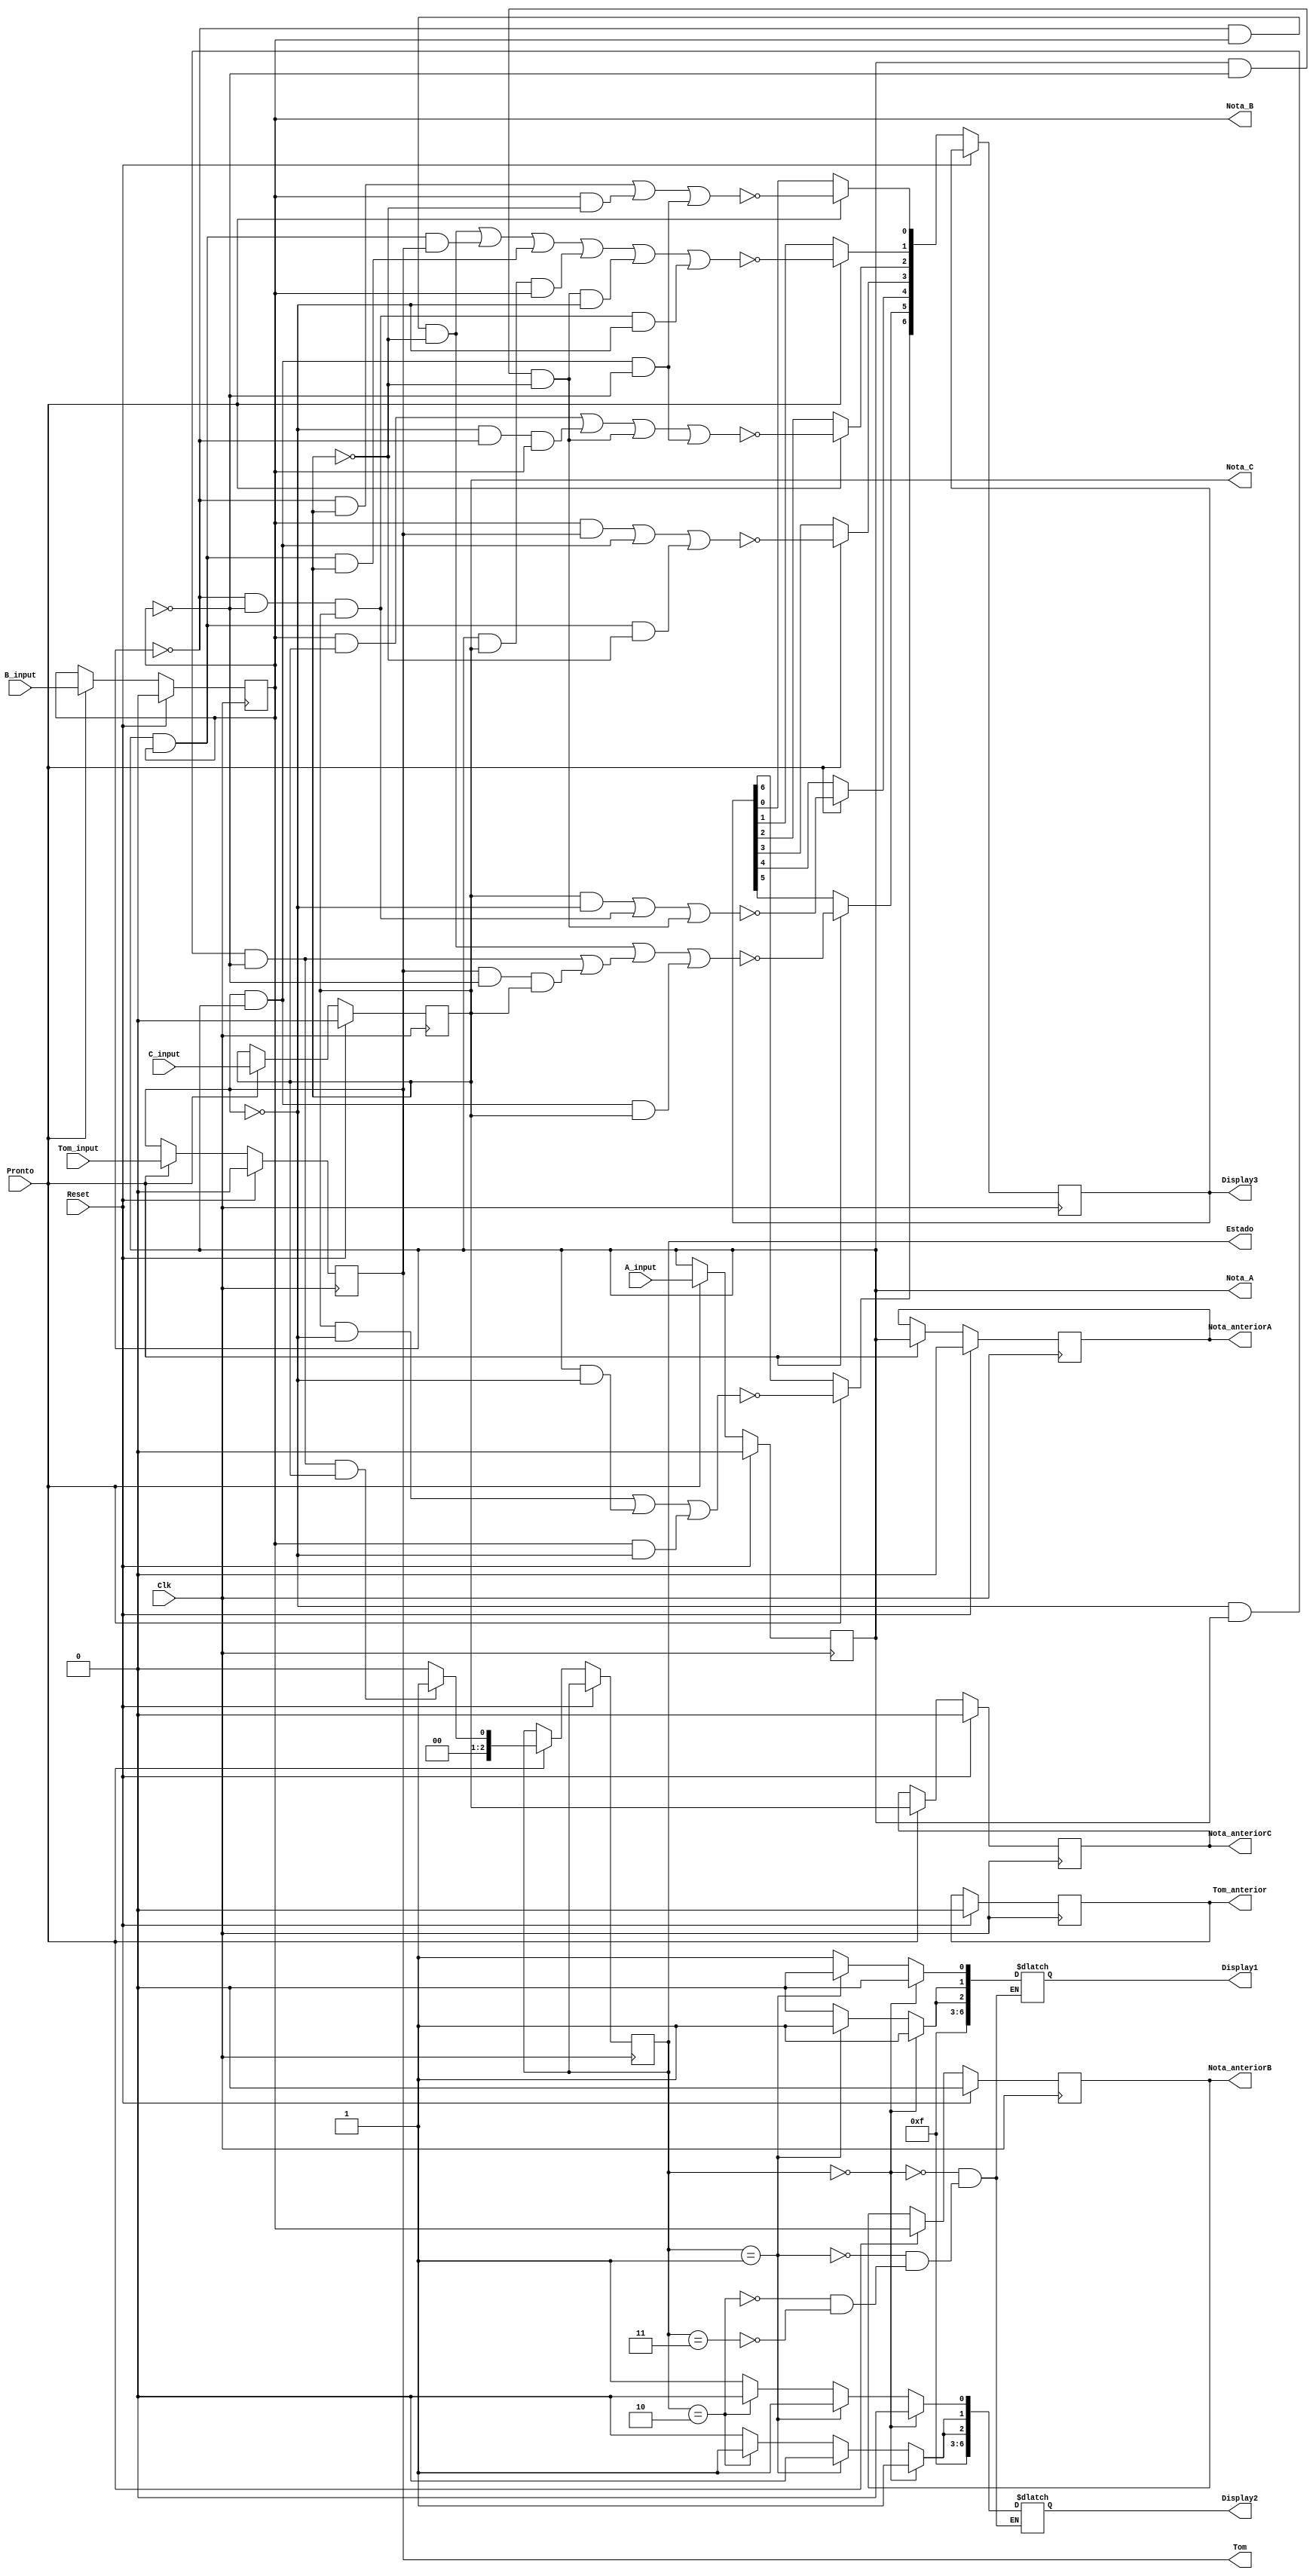
module Substantivo (Clk, Reset, Pronto, Tom, Nota_A, Nota_B, Nota_C, Estado, Tom_anterior, Nota_anteriorA, Nota_anteriorB, Nota_anteriorC, Display1, Display2, Display3, Tom_input, A_input, B_input, C_input);

    input wire Pronto, Tom_input, A_input, B_input, C_input;
    input wire Clk, Reset; 

    output reg Tom, Nota_A, Nota_B, Nota_C;
    output reg Tom_anterior, Nota_anteriorA, Nota_anteriorB, Nota_anteriorC;
    output reg [2:0] Estado;

    output reg [6:0] Display1; //Mostra no display 7 SGM qual a saida do circuito
    output reg [6:0] Display2; //Mostra no display 7 SGM qual a saida do circuito
    output reg [6:0] Display3; //Mostra no display 7 SGM qual a letra atual

    parameter Concreto = 2'b11;
    parameter Abstrato = 2'b10;
    parameter Nome_proprio = 2'b01;
    parameter Invalido = 2'b00; 

    always @(posedge Clk) begin
        
        if (Reset) begin
            
            Tom <= 1'b0;
            Nota_A <= 1'b0;
            Nota_B <= 1'b0;
            Nota_C <= 1'b0;
            
            Tom_anterior <= 1'b0;
            Nota_anteriorA <= 1'b0;
            Nota_anteriorB <= 1'b0;
            Nota_anteriorC <= 1'b0;

        end

        else begin

            if (Pronto) begin 

                Tom <= Tom_input;
                Nota_A <= A_input;
                Nota_B <= B_input;
                Nota_C <= C_input;

                Display3[6] = ~((Nota_C & ~Tom) || (Nota_A & ~Tom) || (Nota_B & ~Tom));
                Display3[5] = ~((~Nota_A && Nota_B && ~Nota_C) || (~Tom && Nota_A && ~Nota_B) | (Tom && ~Nota_B && Nota_C) || (Tom && Nota_A && Nota_C));
                Display3[4] = ~((Nota_C && ~Tom) || (~Nota_A && ~Nota_B && Nota_C) || (Nota_A && ~Nota_B && ~Nota_C));
                Display3[3] = ~((Nota_B && Tom) || (Nota_A && Tom) || (Nota_A && Nota_B && ~Nota_C));
                Display3[2] = ~((Nota_B && Nota_C) || (~Tom && ~Nota_A && Nota_B) || (Nota_A && ~Nota_B && ~Nota_C) || (Tom && Nota_A && ~Nota_B));
                Display3[1] = ~((~Nota_A && Nota_B && ~Nota_C) || (Nota_A && Nota_B && Tom) || (Nota_A && Nota_B && Nota_C) || (Nota_A && Nota_C && Nota_B) || (Nota_A && ~Nota_B && ~Nota_C && ~Tom) || (~Nota_A && ~Nota_B && Nota_C && ~Tom));
                Display3[0] = ~((~Nota_A && Nota_C) || (Nota_B && ~Nota_C) || (Tom && Nota_A && ~Nota_B)); 

                if (Nota_A == 1'b0 && Nota_B == 1'b0 && Nota_C == 1'b0) begin
                    
                    Estado <= Invalido;

                    if (Tom_anterior == 1'b0 && Nota_anteriorA == 1'b0 && Nota_anteriorB == 1'b1 && Nota_anteriorC == 1'b1) begin
                        
                        Estado <= Concreto;

                    end

                    if (Tom_anterior == 1'b0 && Nota_anteriorA == 1'b1 && Nota_anteriorB == 1'b0 && Nota_anteriorC == 1'b0) begin
                        
                        Estado <= Abstrato;

                    end

                    if (Tom_anterior == 1'b0 && Nota_anteriorA == 1'b1 && Nota_anteriorB == 1'b0 && Nota_anteriorC == 1'b1) begin
                        
                        Estado <= Nome_proprio;

                    end

                    else begin
                        
                        Estado <= Invalido;

                    end 
                    
                end 

                if (Tom == 1'b0 && Nota_A == 1'b0 && Nota_B == 1'b1 && Nota_C == 1'b1) begin
                    
                    Estado <= Concreto;

                    Nota_anteriorA <= Nota_A;
                    Nota_anteriorB <= Nota_B;
                    Nota_anteriorC <= Nota_C;

                end

                if (Tom == 1'b0 && Nota_A == 1'b1 && Nota_B == 1'b0 && Nota_C == 1'b0) begin

                    Estado <= Abstrato;

                    Nota_anteriorA <= Nota_A;
                    Nota_anteriorB <= Nota_B;
                    Nota_anteriorC <= Nota_C;

                end
                
                if (Tom == 1'b0 && Nota_A == 1'b1 && Nota_B == 1'b0 && Nota_C == 1'b1) begin

                    Estado <= Nome_proprio;

                    Nota_anteriorA <= Nota_A;
                    Nota_anteriorB <= Nota_B;
                    Nota_anteriorC <= Nota_C;


                end

                else begin
                    
                    Estado <= Invalido;

                    Nota_anteriorA <= Nota_A;
                    Nota_anteriorB <= Nota_B;
                    Nota_anteriorC <= Nota_C;

                end

            end 

            
        end

    end

    always @(Estado) begin

        if (Estado == Concreto) begin
            
            Display1[6] <= 1'b1;
            Display1[5] <= 1'b1;  
            Display1[4] <= 1'b1;  
            Display1[3] <= 1'b1;  
            Display1[2] <= 1'b0;  
            Display1[1] <= 1'b0;  
            Display1[0] <= 1'b1;  

            Display2[6] <= 1'b1;
            Display2[5] <= 1'b1;  
            Display2[4] <= 1'b1;  
            Display2[3] <= 1'b1;  
            Display2[2] <= 1'b0;  
            Display2[1] <= 1'b0;  
            Display2[0] <= 1'b1;

        end 
        
        if (Estado == Abstrato) begin
            
            Display1[6] <= 1'b1;
            Display1[5] <= 1'b1;  
            Display1[4] <= 1'b1;  
            Display1[3] <= 1'b1;  
            Display1[2] <= 1'b0;  
            Display1[1] <= 1'b0;  
            Display1[0] <= 1'b1;  

            Display2[6] <= 1'b1;
            Display2[5] <= 1'b1;  
            Display2[4] <= 1'b1;  
            Display2[3] <= 1'b1;  
            Display2[2] <= 1'b1;  
            Display2[1] <= 1'b1;  
            Display2[0] <= 1'b0;

        end 

        if (Estado == Nome_proprio) begin
            
            Display1[6] <= 1'b1;
            Display1[5] <= 1'b1;  
            Display1[4] <= 1'b1;  
            Display1[3] <= 1'b1;  
            Display1[2] <= 1'b1;  
            Display1[1] <= 1'b1;  
            Display1[0] <= 1'b0;

            Display2[6] <= 1'b1;
            Display2[5] <= 1'b1;  
            Display2[4] <= 1'b1;  
            Display2[3] <= 1'b1;  
            Display2[2] <= 1'b0;  
            Display2[1] <= 1'b0;  
            Display2[0] <= 1'b1;  

        end

        if (Estado == Invalido) begin
            
            Display1[6] <= 1'b1;
            Display1[5] <= 1'b1;  
            Display1[4] <= 1'b1;  
            Display1[3] <= 1'b1;  
            Display1[2] <= 1'b1;  
            Display1[1] <= 1'b1;  
            Display1[0] <= 1'b0;

            Display2[6] <= 1'b1;
            Display2[5] <= 1'b1;  
            Display2[4] <= 1'b1;  
            Display2[3] <= 1'b1;  
            Display2[2] <= 1'b1;  
            Display2[1] <= 1'b1;  
            Display2[0] <= 1'b0;

        end
    end

endmodule //Substantivo